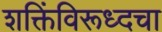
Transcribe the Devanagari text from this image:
शक्तिंविरूध्दचा